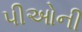
પીઓની